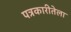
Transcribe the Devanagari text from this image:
पत्रकारीतेला